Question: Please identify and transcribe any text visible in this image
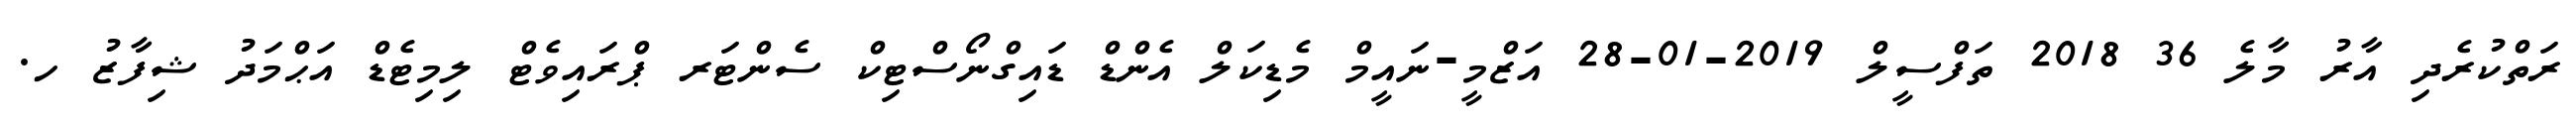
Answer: ރަތްކުރެދި އާރު މާލެ 36 2018 ތަފްސީލް 2019-01-28 އަޒްމީ-ނައީމް މެޑިކަލް އެންޑް ޑައިގްނޯސްޓިކް ސެންޓަރ ޕްރައިވެޓް ލިމިޓެޑް އަޙްމަދު ޝިފާޒު ހ.